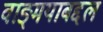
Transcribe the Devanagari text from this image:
वाङ्‌मयाबद्दल